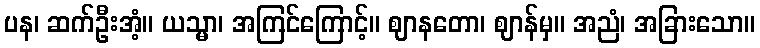
ပန၊ ဆက်ဦးအံ့။ ယသ္မာ၊ အကြင်ကြောင့်။ ဈာနတော၊ ဈာန်မှ။ အညံ၊ အခြားသော။